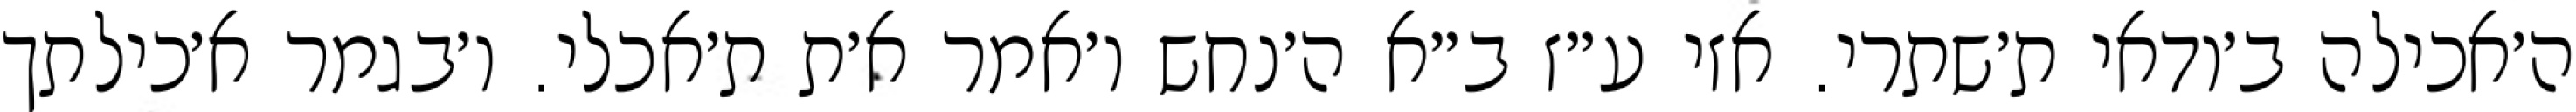
ה׳אכילה ב׳ודאי ת׳שתרי. אזי ע״ז ב״א ה׳נחש ו׳אמר א׳ת ת׳אכלי. ו׳בגמר א׳כילתך